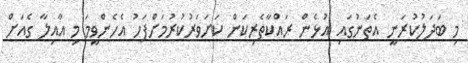
މި ބަދަލުކުރަނީ އެތަނުގައި އުޅެން ރައްކާތެރިކަން ކަށަވަރުކުރުމަށްފަހު އެހެންވީމަ މި އާއިލާ ގެއަށް